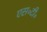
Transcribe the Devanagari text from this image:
एस॰टी॰